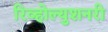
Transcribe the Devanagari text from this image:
रिव्होल्युशनरी